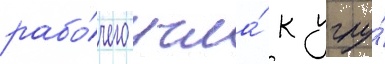
рабо́чего угла́ к углу́